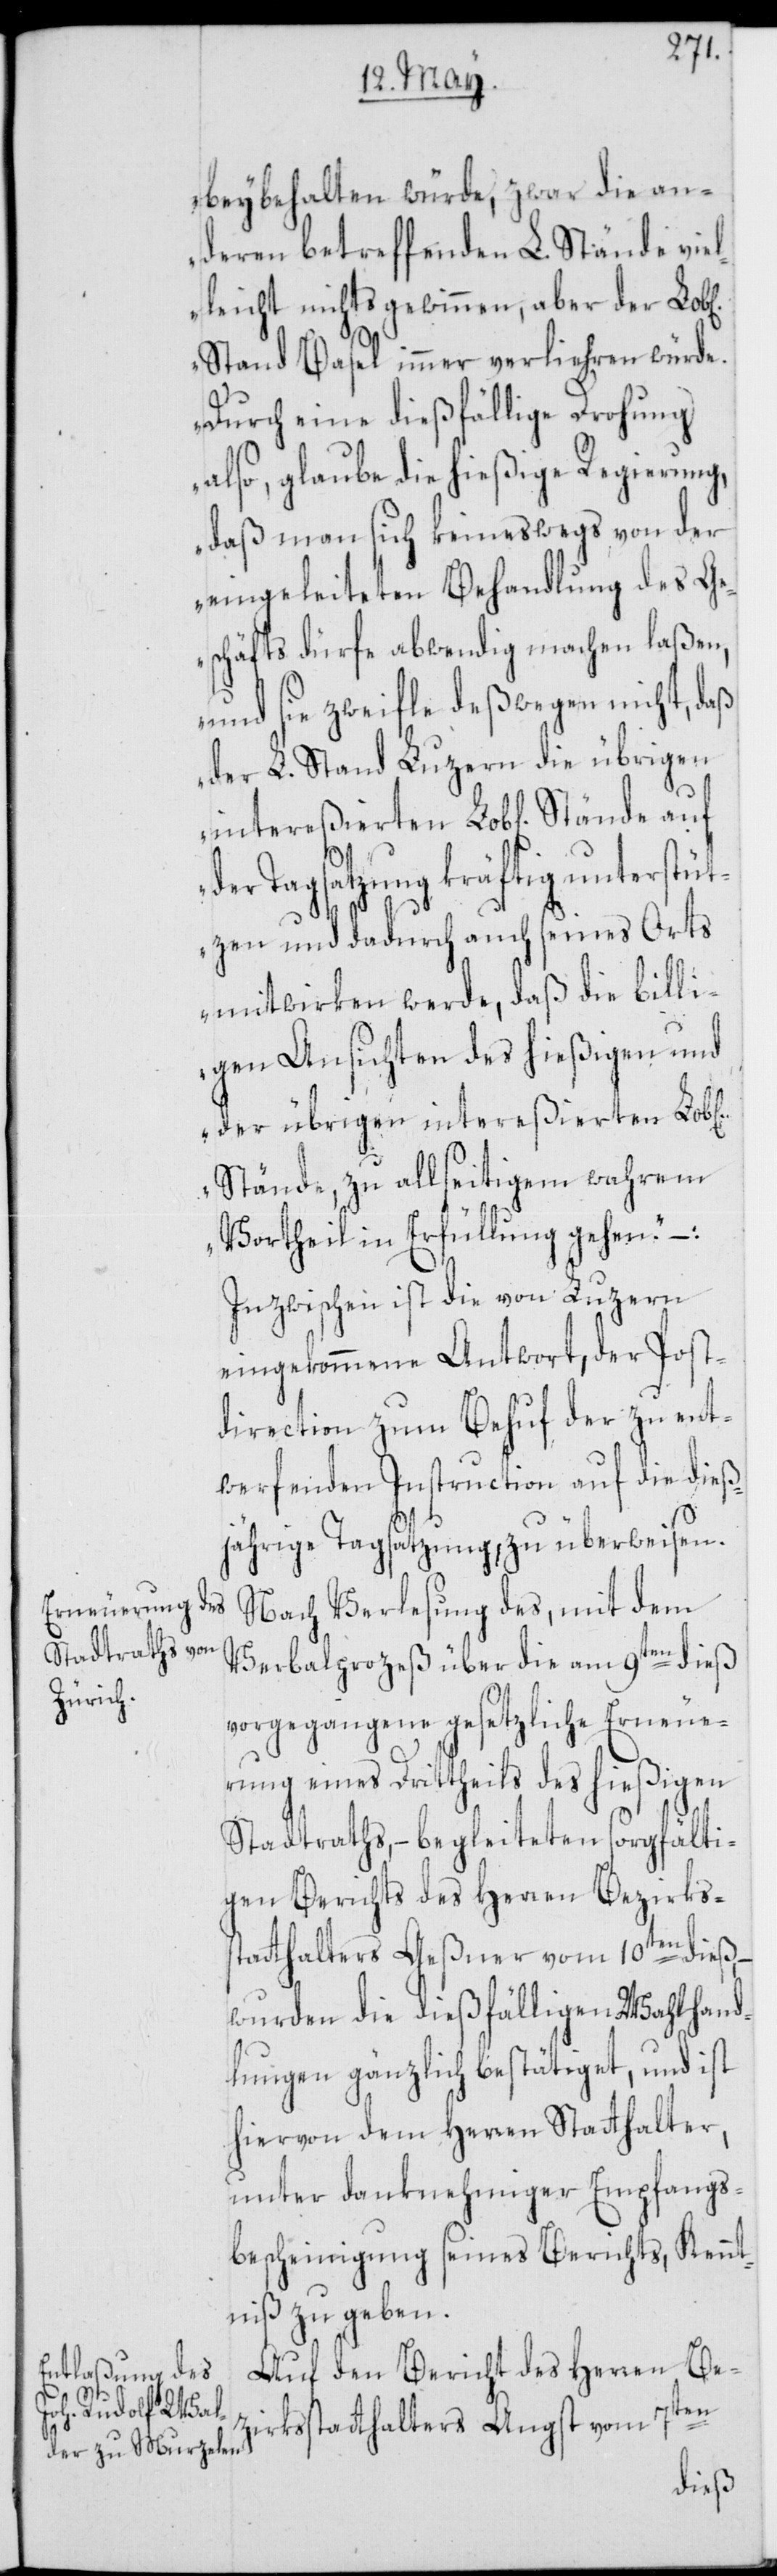
beybehalten würde, zwar die an¬
deren betreffenden L. Stände viel¬
leicht nichts gewinnen, aber der
Stand Basel immer verliehren würde.
Durch eine dießfällige Drohung
also, glaube die hießige Regierung,
daß man sich keineswegs von der
eingeleiteten Behandlung des Ge¬
schäfts dürfe abwendig machen laßen,
und sie zweifle deßwegen nicht, daß
der L. Stand Luzern die übrigen
der Tagsatzung kräftig unterstüt¬
zen und dadurch auch seines Orts
mitwirken werde, daß die billi¬
gen Ansichten des hießigen und
der übrigen intereßierten Lob[li¬
Stände, zu allseitigem wahrem
Vortheil in Erfüllung gehen.“
Inzwischen ist die von Luzern
eingekommene Antwort, der Post¬
direction zum Behuf der zu ent¬
werfenden Instruction auf die dieß¬
jährige Tagsatzung, zu überweisen.
Nach Verlesung des, mit dem
Verbalprozeß über die am 9ten dieß
vorgegangene gesetzliche Erneue¬
rung eines Drittheils des hießigen
Stadtraths, – begleiteten sorgfälti¬
gen Berichts des Herren Bezirkss¬
tatthalters Geßner vom 10ten dieß,
wurden die dießfälligen Wahlhand¬
lungen gänzlich bestätiget, und ist
hiervon dem Herren Statthalter,
unter danknehmiger Empfangs¬
bescheinigung seines Berichts, Kennt¬
niß zu geben.
Auf den Bericht des Herren Be¬
chen]
zirksstatthalters Angst vom